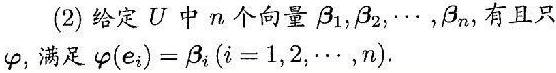
(2) 给定$U$中$n$个向量$\beta_1,\beta_2,\cdots,\beta_n$，有且只$\varphi$，满足$\varphi(e_i)=\beta_i(i = 1,2,\cdots,n).$